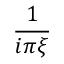
\frac { 1 } { i \pi \xi }